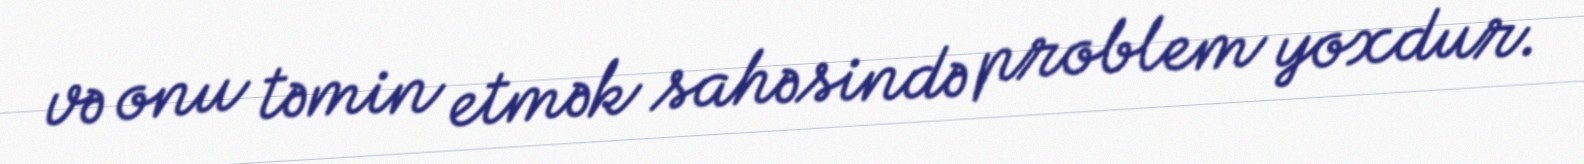
və onu təmin etmək sahəsində problem yoxdur.